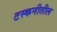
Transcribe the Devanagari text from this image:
टस्कनीतील